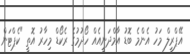
އޭޕްރީލް މަހު އެންމެ ބޮޑު އާމްދަނީއެއް ހޯދުމުގެ ރެކޯޑް މިހާރު އޮތީ "ކެޕްޓަން